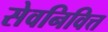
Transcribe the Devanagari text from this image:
सेवनिवित्त